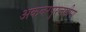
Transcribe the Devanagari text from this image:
अकबरपुरजमीमा